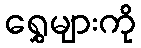
ရွှေများကို